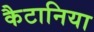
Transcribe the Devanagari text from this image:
कैटानिया